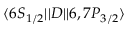
\ensuremath { \langle 6 S _ { 1 / 2 } | | } D \ensuremath { | | 6 , 7 P _ { 3 / 2 } \rangle }